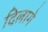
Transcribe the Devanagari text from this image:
दिलागे